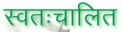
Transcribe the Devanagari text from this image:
स्वतःचालित